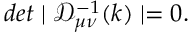
d e t \mid { \mathcal D _ { \mu \nu } ^ { - 1 } ( k ) } \mid = 0 .